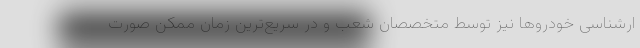
ارشناسی خودروها نیز توسط متخصصان شعب و در سریع‌ترین زمان ممکن صورت